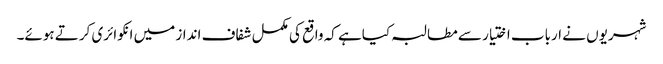
شہریوں نے ارباب اختیار سے مطالبہ کیاہے کہ واقع کی مکمل شفاف انداز میں انکوائری کرتے ہوئے۔